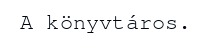
A könyvtáros.